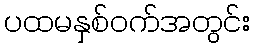
ပထမနှစ်ဝက်အတွင်း